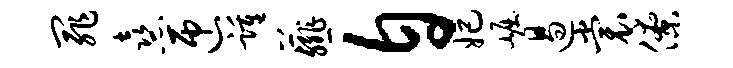
罪熹匝踵薤自妃崛遏裳僚